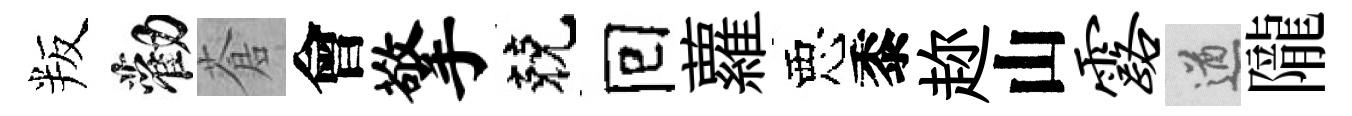
叛勸蒼會擎兢囘蘿惡黍趂山露遒隴